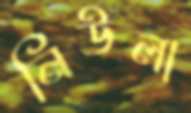
নিউলা